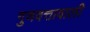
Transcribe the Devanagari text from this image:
गुणवत्तावाली